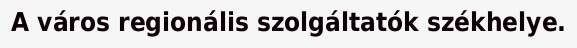
A város regionális szolgáltatók székhelye.